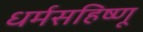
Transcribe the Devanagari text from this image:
धर्मसहिष्णू